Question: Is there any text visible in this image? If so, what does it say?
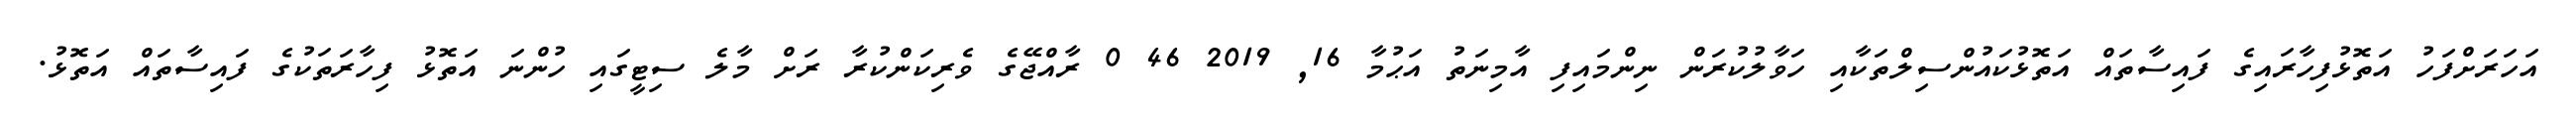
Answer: އަހަރަށްފަހު އަތޮޅުފިހާރައިގެ ފައިސާތައް އަތޮޅުކައުންސިލްތަކާއި ހަވާލުކުރަން ނިންމައިފި އާމިނަތު އަޙުމާ 16, 2019 46 0 ރާއްޖޭގެ ވެރިކަންކުރާ ރަށް މާލެ ސިޓީގައި ހުންނަ އަތޮޅު ފިހާރަތަކުގެ ފައިސާތައް އަތޮޅު.